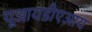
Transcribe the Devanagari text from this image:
यूआयडीएआय